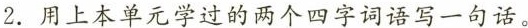
2.用上本单元学过的两个四字词语写一句话。